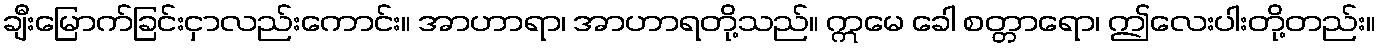
ချီးမြောက်ခြင်းငှာလည်းကောင်း။ အာဟာရာ၊ အာဟာရတို့သည်။ ဣမေ ခေါ စတ္တာရော၊ ဤလေးပါးတို့တည်း။